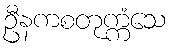
ဦနကစတုက္ကံသေ